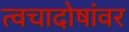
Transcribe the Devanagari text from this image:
त्वचादोषांवर